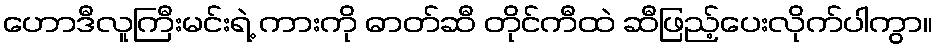
ဟောဒီလူကြီးမင်းရဲ့ ကားကို ဓာတ်ဆီ တိုင်ကီထဲ ဆီဖြည့်ပေးလိုက်ပါကွာ။